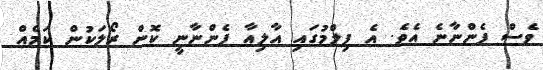
ވެސް ފެންނާނެ އެވެ. އެ ފިލްމުގައި އާލިއާ ފެންނާނީ ކޮން ރޯލަކުން ކަމެއް